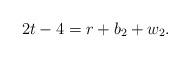
LaTeX: \begin{align*}2t-4=r+b_2+w_2.\end{align*}